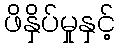
ဖိနှိပ်မှုနှင့်